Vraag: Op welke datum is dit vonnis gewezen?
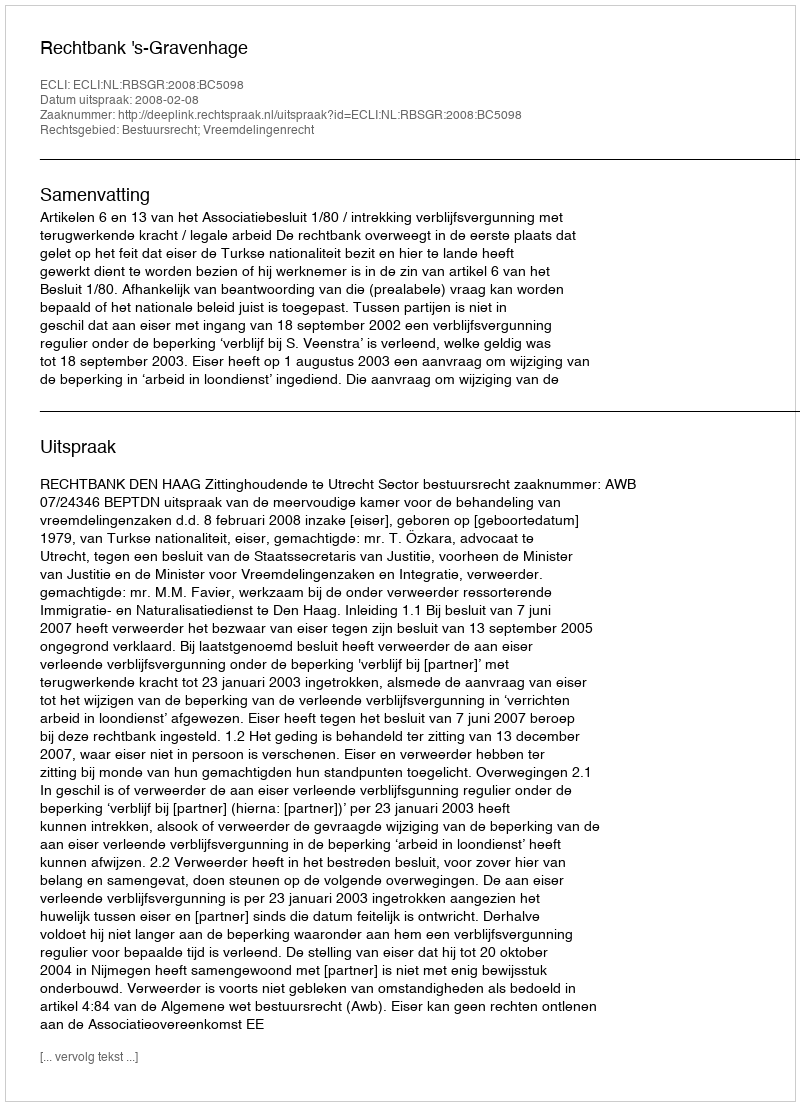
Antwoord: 2008-02-08